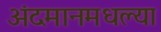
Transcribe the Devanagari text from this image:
अंदमानमधल्या